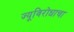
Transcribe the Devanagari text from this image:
ज्यूविरोधाचा